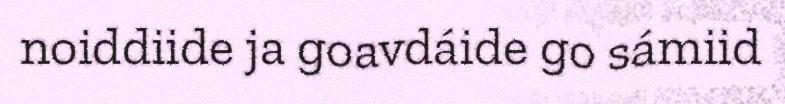
noiddiide ja goavdáide go sámiid